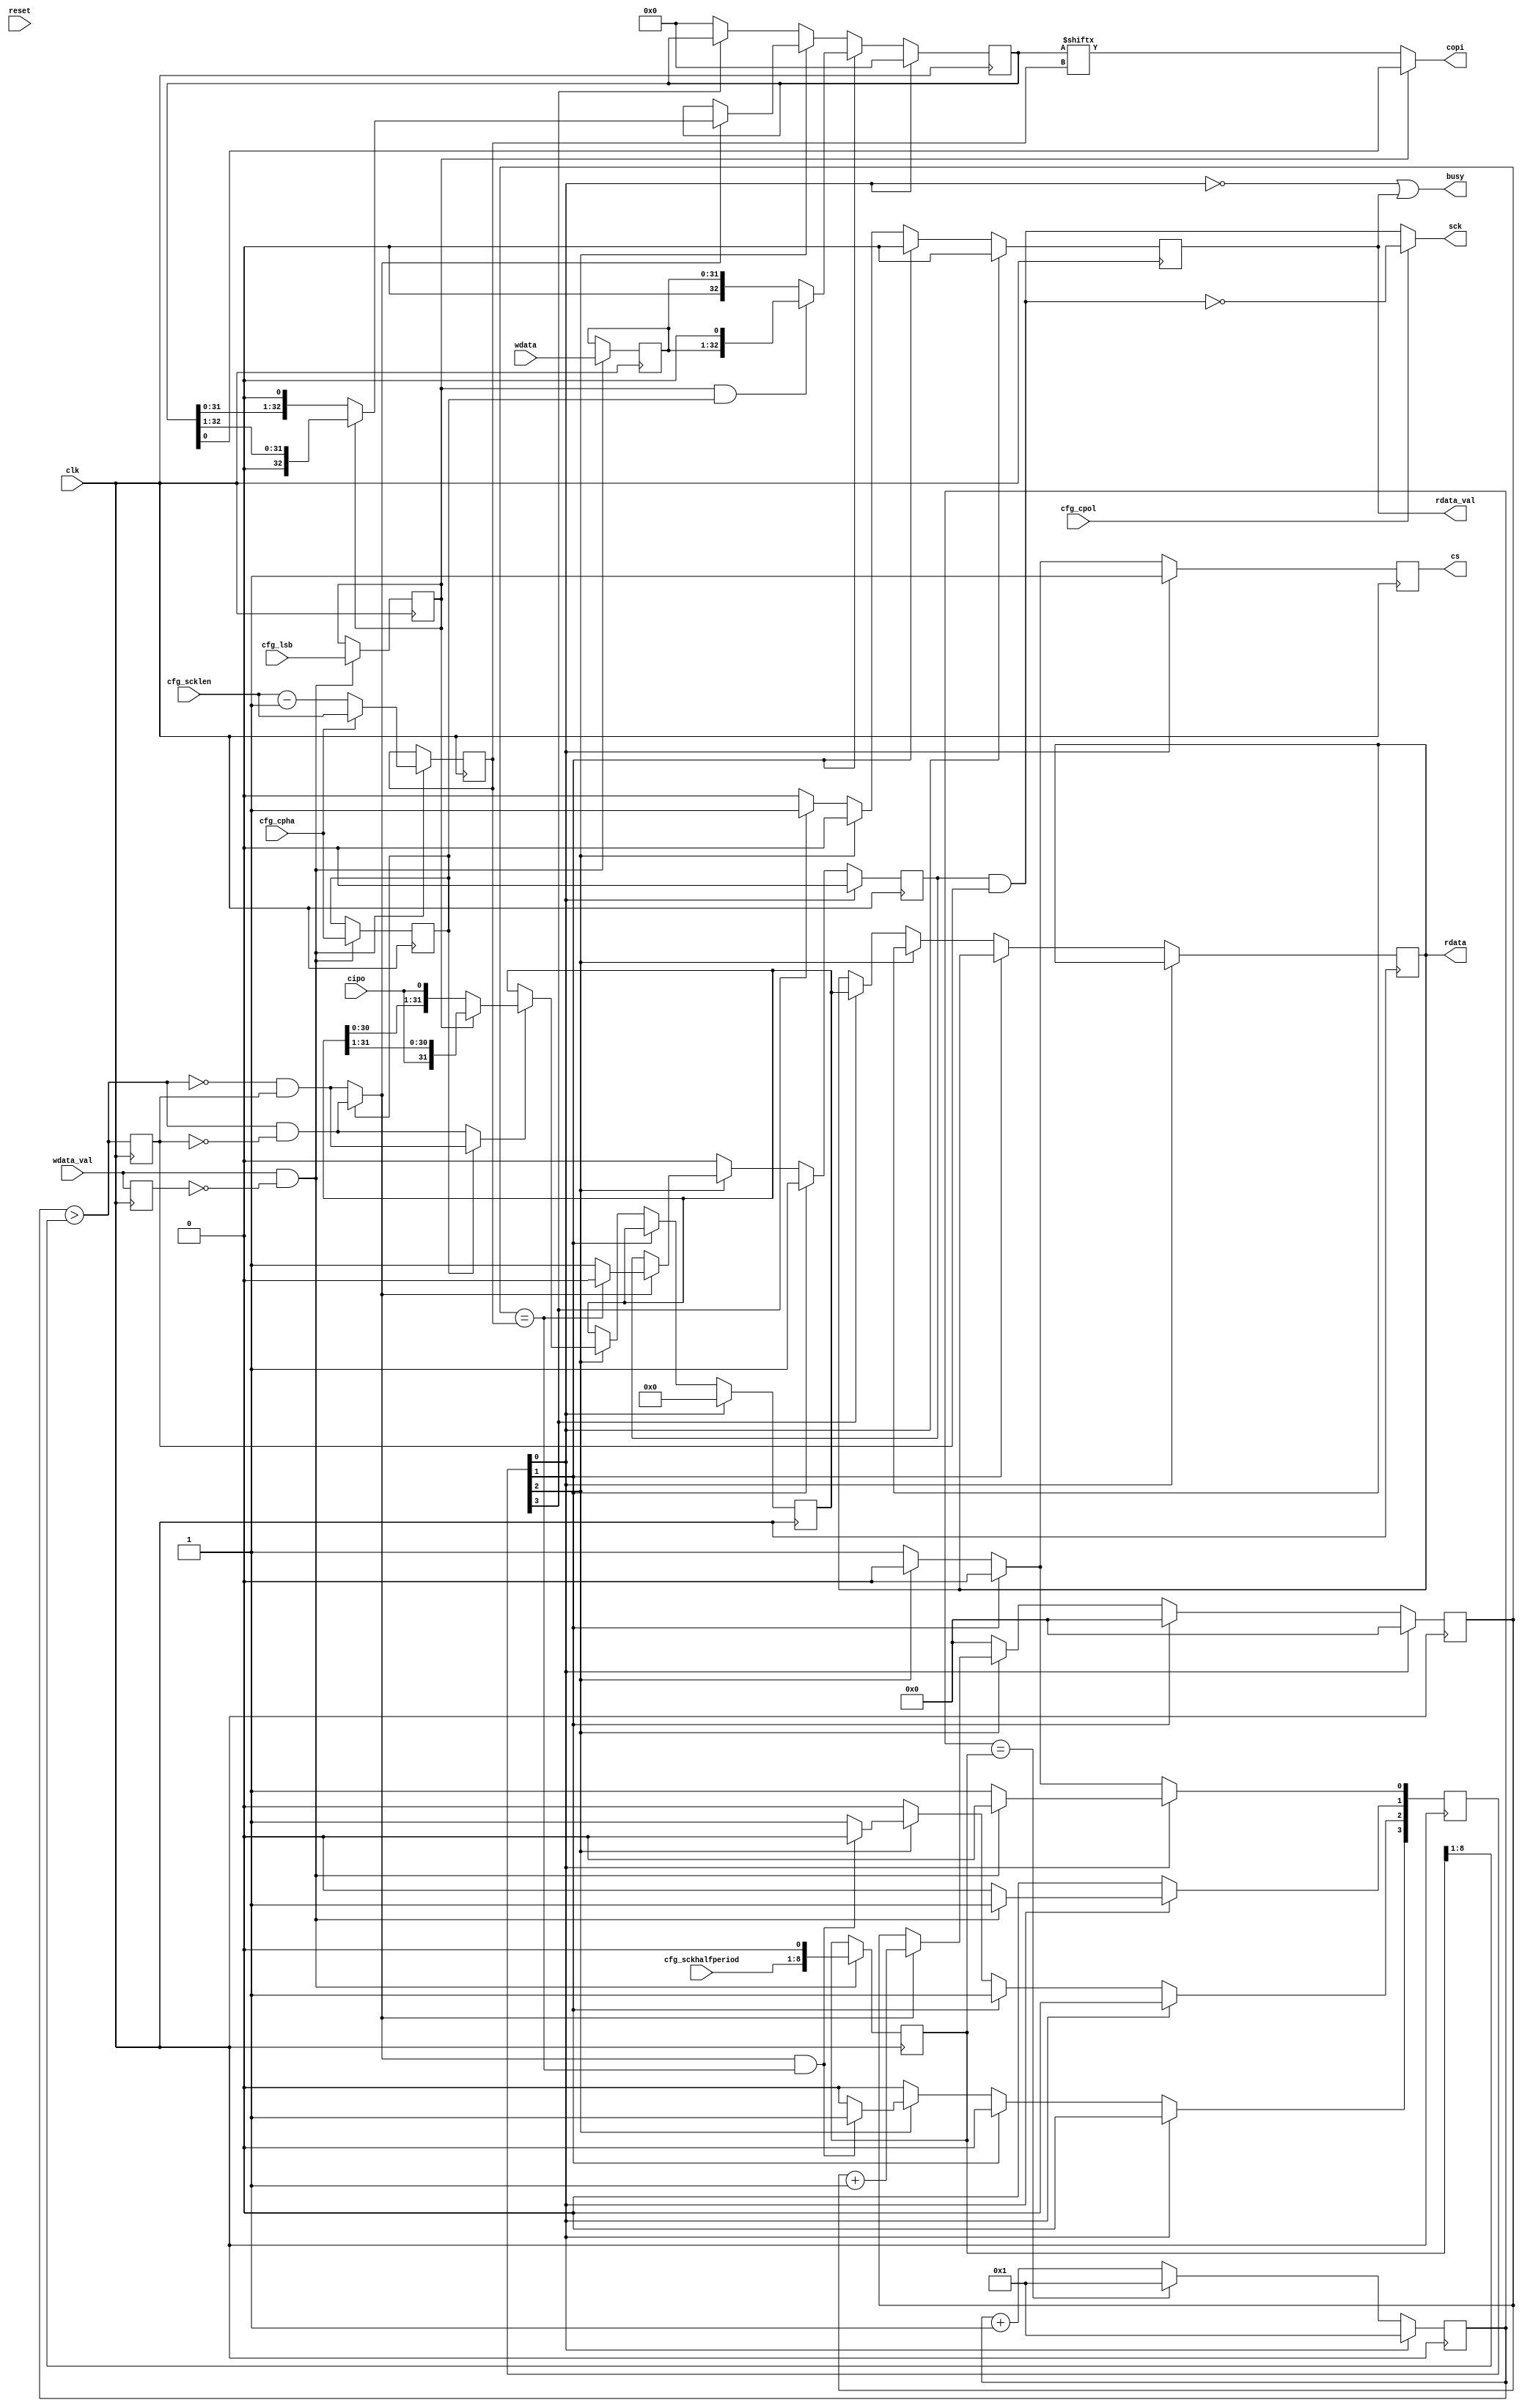
// TODO I don't like the fact that this code cannot
// be understood anymore without simulation

module spi_engine (
    input               clk,
    input               reset,
    input               wdata_val,
    input [31:0]        wdata,
    output              busy,

    output reg [31:0]   rdata,
    output              rdata_val,
    input [7:0]         cfg_sckhalfperiod,
    input [7:0]         cfg_scklen,
    input               cfg_cpol,
    input               cfg_cpha,
    input               cfg_lsb,

    (* mark_debug = "true" *) output reg cs,
    (* mark_debug = "true" *) output sck,
    (* mark_debug = "true" *) output copi,
    (* mark_debug = "true" *) input cipo
);

initial begin
    rdata = 0;
end

wire start = wdata_val;
reg start1 = 0;
wire trigger = start & ~start1;
reg [31:0] wdata_r = 0;
always @(posedge clk) begin
    start1 <= start;
end

localparam [2:0]
    IDLE = 3'd0,
    LOAD = 3'd1,
    SHIFT = 3'd2,
    DONE = 3'd3;

reg [4:0] cstate=0;
reg sck_en=0,
    done=0;

reg [15:0] clk_cnt = 0;
reg [7:0] sck_cnt = 0; // max 255 bits

reg [8:0] cfg_sckfullperiod_reg=4;
reg cfg_cpol_reg = 0;
reg cfg_cpha_reg = 1;
reg cfg_lsb_reg  = 0;
reg [7:0] cfg_scklen_reg = 8'd32;

wire sck_wtf = clk_cnt > cfg_sckfullperiod_reg[8:1];
reg sck1 = 0;
wire sck_rise = sck_wtf & ~sck1;
wire sck_fall = ~sck_wtf & sck1;
// data change at the opposite edge of sampling edge
wire sck_edge_copi = cfg_cpha_reg ? sck_rise : sck_fall; // Driving edge
wire sck_edge_cipo = cfg_cpha_reg ? sck_fall : sck_rise; // Sampling edge

initial cs = 1'b1;
reg [32:0] copi_sr = 0;
reg [31:0] rdata_sr = 0;

always @(posedge clk) begin
    sck1 <= sck_wtf;
    if (trigger) begin
        wdata_r <= wdata;
        cfg_sckfullperiod_reg <= cfg_sckhalfperiod << 1;
        cfg_cpol_reg <= cfg_cpol;
        cfg_cpha_reg <= cfg_cpha;
        cfg_lsb_reg  <= cfg_lsb;
        cfg_scklen_reg <= cfg_cpha ? cfg_scklen : cfg_scklen-1;
    end
    if (reset) cstate[IDLE] <= 1;
    cstate <= 0;
    case (1'b1)
        cstate[IDLE] : begin
            sck_en <= 1'b0;
            cs   <= 1'b1;
            done <= 1'b0;
            if (trigger) cstate[LOAD] <= 1;
            else cstate[IDLE] <= 1;
            sck_cnt <= 0;
            copi_sr <= 0;
            rdata_sr <= 0;
        end

        cstate[LOAD] : begin
            sck_en <= 1'b1;
            cs <= 1'b0;
            done <= 1'b0;
            cstate[SHIFT] <= 1;
            sck_cnt <= 0;
            // copi_sr <= cfg_cpha_reg ? {1'b0, wdata_r} : {wdata_r, 1'b0};
            // copi_sr <= wdata_r;
            // dirty trick ...
            copi_sr <= (cfg_lsb_reg && cfg_cpha_reg) ? {wdata_r, 1'b0} : {1'b0, wdata_r};
        end

        cstate[SHIFT] : begin
            cs <= 1'b0;
            done <= 1'b0;
            if (sck_edge_copi) begin
                sck_en <= (sck_cnt == cfg_scklen_reg) ? 0 : 1'b1;
                sck_cnt <= sck_cnt + 1'b1;
                if (cfg_lsb_reg)
                    copi_sr <= {1'b0, copi_sr[32:1]};
                else
                    copi_sr <= {copi_sr[31:0], 1'b0};
            end
            if (sck_edge_cipo) begin
                if (cfg_lsb_reg)
                    rdata_sr <= {cipo, rdata_sr[31:1]};
                else
                    rdata_sr <= {rdata_sr[30:0], cipo};
            end
            if (sck_edge_copi && sck_cnt == cfg_scklen_reg) cstate[DONE] <= 1;
            else cstate[SHIFT] <= 1;
        end

        cstate[DONE] : begin
            sck_en <= 1'b0;
            cs <= 1'b1;
            done <= 1'b1;
            cstate[IDLE] <= 1;
            sck_cnt <= 0;
            rdata <= rdata_sr;
        end

        default : begin
            {sck_en,done,cs} <= 3'b001;
            cstate[IDLE] <= 1;
            sck_cnt <= 0;
            copi_sr <= 0;
        end
    endcase
    clk_cnt <= cstate[IDLE] ? 1 : (clk_cnt == cfg_sckfullperiod_reg) ? 1 : clk_cnt + 1;
end

wire sck_out = sck_en & sck1;
// assign sck = cfg_cpol_reg ? ~sck_out: sck_out;
assign sck = cfg_cpol ? ~sck_out: sck_out;
assign copi = cfg_lsb_reg ? copi_sr[0] : copi_sr[cfg_scklen_reg];
assign busy = ~cstate[IDLE] | done;
assign rdata_val = done;

endmodule